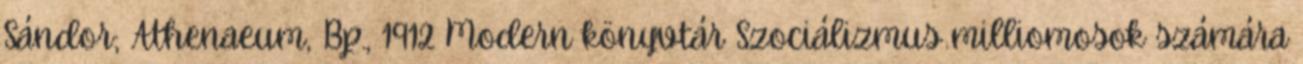
Sándor; Athenaeum, Bp., 1912 Modern könyvtár Szociálizmus milliomosok számára